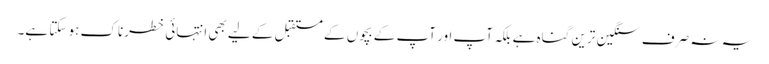
یہ نہ صرف سنگین ترین گناہ ہے بلکہ آپ اور آپ کے بچوں کے مستقبل کے لیے بھی انتہائی خطرناک ہو سکتا ہے۔